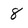
Character: 8